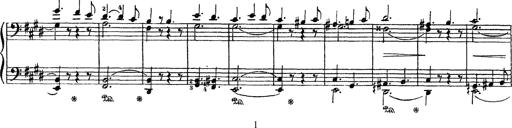
Title: AnnÃ©es de PÃ¨lerinage III
Composer: Franz Liszt